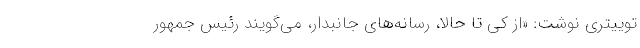
توییتری نوشت: «از کی تا حالا، رسانه‌های جانبدار، می‌گویند رئیس جمهور